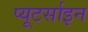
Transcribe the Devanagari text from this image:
प्यूटर्साइन